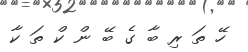
ހޭ ތަ ރި ބާ ގެ ބޭ ން ކް ތަ ކާ